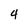
Character: 4